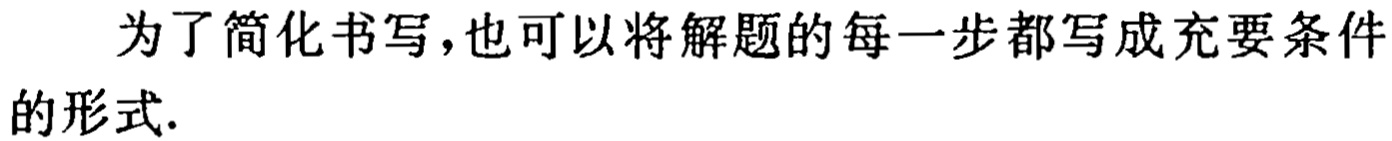
为了简化书写,也可以将解题的每一步都写成充要条件的形式.